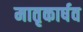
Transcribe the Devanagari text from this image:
मातृकार्षव